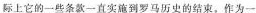
际上它的一些条款一直实施到罗马历史的结束. 作为一